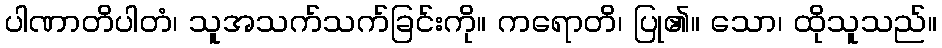
ပါဏာတိပါတံ၊ သူအသက်သက်ခြင်းကို။ ကရောတိ၊ ပြု၏။ သော၊ ထိုသူသည်။